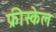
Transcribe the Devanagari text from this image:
फ्रीस्केल